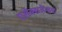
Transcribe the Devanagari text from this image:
एलेक्सजेन्डरा